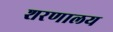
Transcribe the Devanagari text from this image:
शरणालय